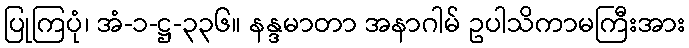
ပြုကြပုံ၊ အံ-၁-ဋ္ဌ-၃၃၆။ နန္ဒမာတာ အနာဂါမ် ဥပါသိကာမကြီးအား